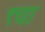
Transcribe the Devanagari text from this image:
९चा